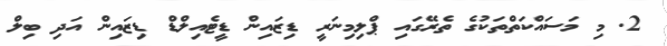
2. މި މަސައްކަތްތަކުގެ ތެރޭގައި ޕްލިމިނަރީ ޑިޒައިން ޑީޓެއިލްޑް ޑިޒައިން އަދި ބިލް